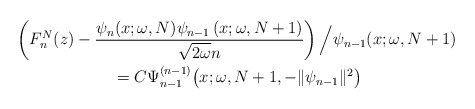
\begin{gather*} \left( F_{n}^{N}(z)-\frac{\psi _{n}(x;\omega,N) \psi _{n-1}\left( x;\omega ,N+1\right) }{\sqrt{2\omega }n}\right) \Big/\psi _{n-1} ( x;\omega ,N+1 ) \\ {}=C\Psi _{n-1}^{(n-1) }\big(x;\omega ,N+1,- \Vert \psi _{n-1} \Vert ^{2}\big)\end{gather*}